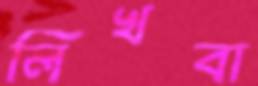
লিখবা